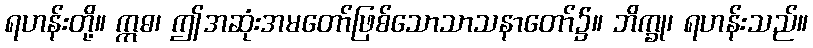
ရဟန်းတို့။ ဣဓ၊ ဤအဆုံးအမတော်ဖြစ်သောသာသနာတော်၌။ ဘိက္ခု၊ ရဟန်းသည်။